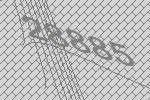
28885